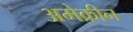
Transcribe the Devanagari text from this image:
अमेक्रीन